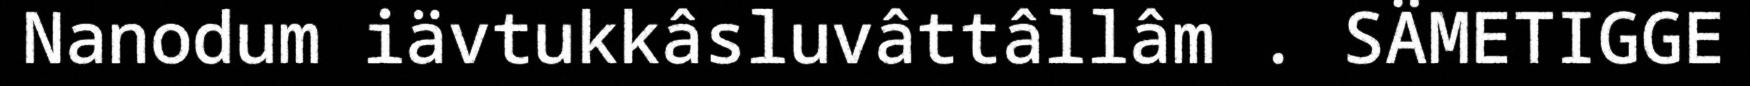
Nanodum iävtukkâsluvâttâllâm . SÄMETIGGE